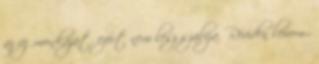
az új munkáját. ezért nem lesz szabija. Röviden leírom.,